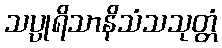
သပ္ပုရိသာနိသံသသုတ္တံ